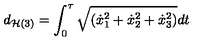
d _ { { \cal H } ( 3 ) } = \int _ { 0 } ^ { \tau } \sqrt { ( { \dot { x } } _ { 1 } ^ { 2 } + { \dot { x } } _ { 2 } ^ { 2 } + { \dot { x } } _ { 3 } ^ { 2 } ) } d t